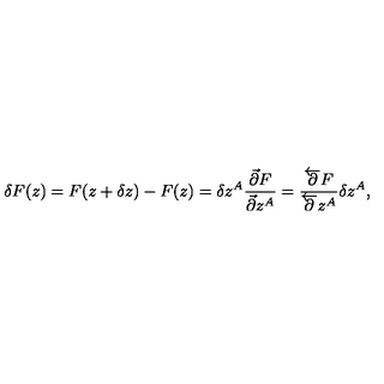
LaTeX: \delta F ( z ) = F ( z + \delta z ) - F ( z ) = \delta z ^ { A } \frac { \vec { \partial } F } { \vec { \partial } z ^ { A } } = \frac { \overleftarrow { \partial } F } { \overleftarrow { \partial } z ^ { A } } \delta z ^ { A } ,